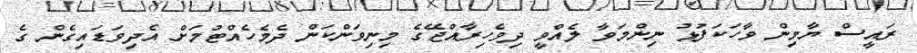
ރައީސް ޔާމިން ވާހަކަފުޅު ނިންމަވާ ލެއްވީ ދިވެހިރާއްޖޭގެ މިނިވަންކަން ދެމެހެއްޓުމަށް އެދިވަޑައިގެން ގެ